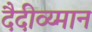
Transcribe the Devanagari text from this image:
दैदीव्य्मान